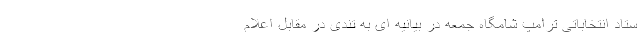
ستاد انتخاباتی ترامپ شامگاه جمعه در بیانیه ای به تندی در مقابل اعلام